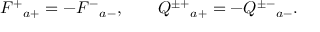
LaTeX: F ^ { + } { } _ { a + } = - F ^ { - } { } _ { a - } , \qquad Q ^ { \pm + } { } _ { a + } = - Q ^ { \pm - } { } _ { a - } .